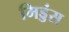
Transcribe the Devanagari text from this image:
मिड्डंस